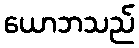
ယောဘသည်